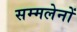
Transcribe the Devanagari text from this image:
सम्मलेनों